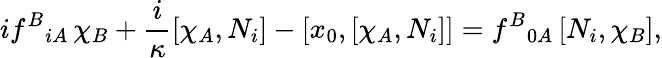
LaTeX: if^{B}{}_{iA}\, \chi_{B}+\frac{i}\kappa[\chi_{A},N_{i}]-[x_{0},[\chi_{A},N_{i}]]=f^{B}{}_{0A}\, [N_{i},\chi_{B}],